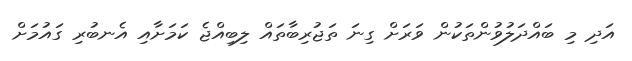
އަދި މި ބައްދަލުވުންތަކުން ވަރަށް ގިނަ ތަޖުރިބާތައް ލިބިއްޖެ ކަމަށާއި އެނބުރި ގައުމަށް